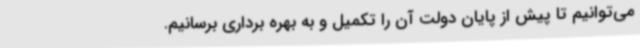
می‌توانیم تا پیش از پایان دولت آن را تکمیل و به بهره برداری برسانیم.